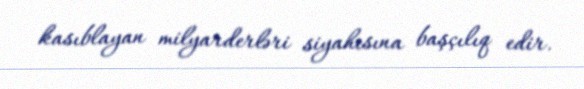
kasıblayan milyarderləri siyahısına başçılıq edir.